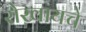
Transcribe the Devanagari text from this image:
रोखायचे